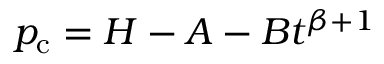
p _ { \mathrm { c } } = H - A - B t ^ { \beta + 1 }